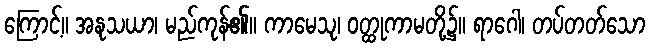
ကြောင့်။ အနုသယာ၊ မည်ကုန်၏။ ကာမေသု၊ ဝတ္ထုကာမတို့၌။ ရာဂေါ၊ တပ်တတ်သော